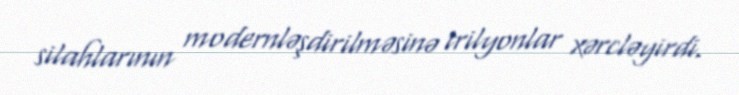
silahlarının modernləşdirilməsinə trilyonlar xərcləyirdi.